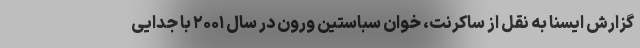
گزارش ایسنا به نقل از ساکرنت، خوان سباستین ورون در سال ۲۰۰۱ با جدایی